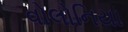
વોલોનિયા